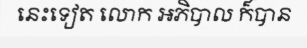
នេះទៀត លោក អភិបាល ក៏បាន